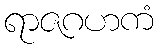
ရာဇဂဟကံ